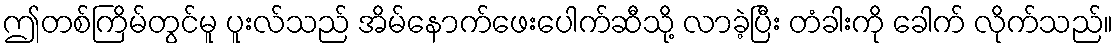
ဤတစ်ကြိမ်တွင်မူ ပူးလ်သည် အိမ်နောက်ဖေးပေါက်ဆီသို့ လာခဲ့ပြီး တံခါးကို ခေါက် လိုက်သည်။